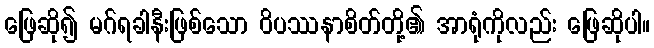
ဖြေဆို၍ မဂ်ရခါနီးဖြစ်သော ဝိပဿနာစိတ်တို့၏ အာရုံကိုလည်း ဖြေဆိုပါ။